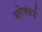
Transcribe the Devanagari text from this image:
ब्लेक्बर्ड